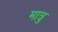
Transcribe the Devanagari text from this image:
मात्रु